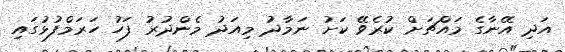
އަދި އޭނާގެ މައްޗަށް ކުރެވޭ ކަށު ނަމާދު މިއަދު މެންދުރު ފަހު ހަރަމްފުޅުގައި